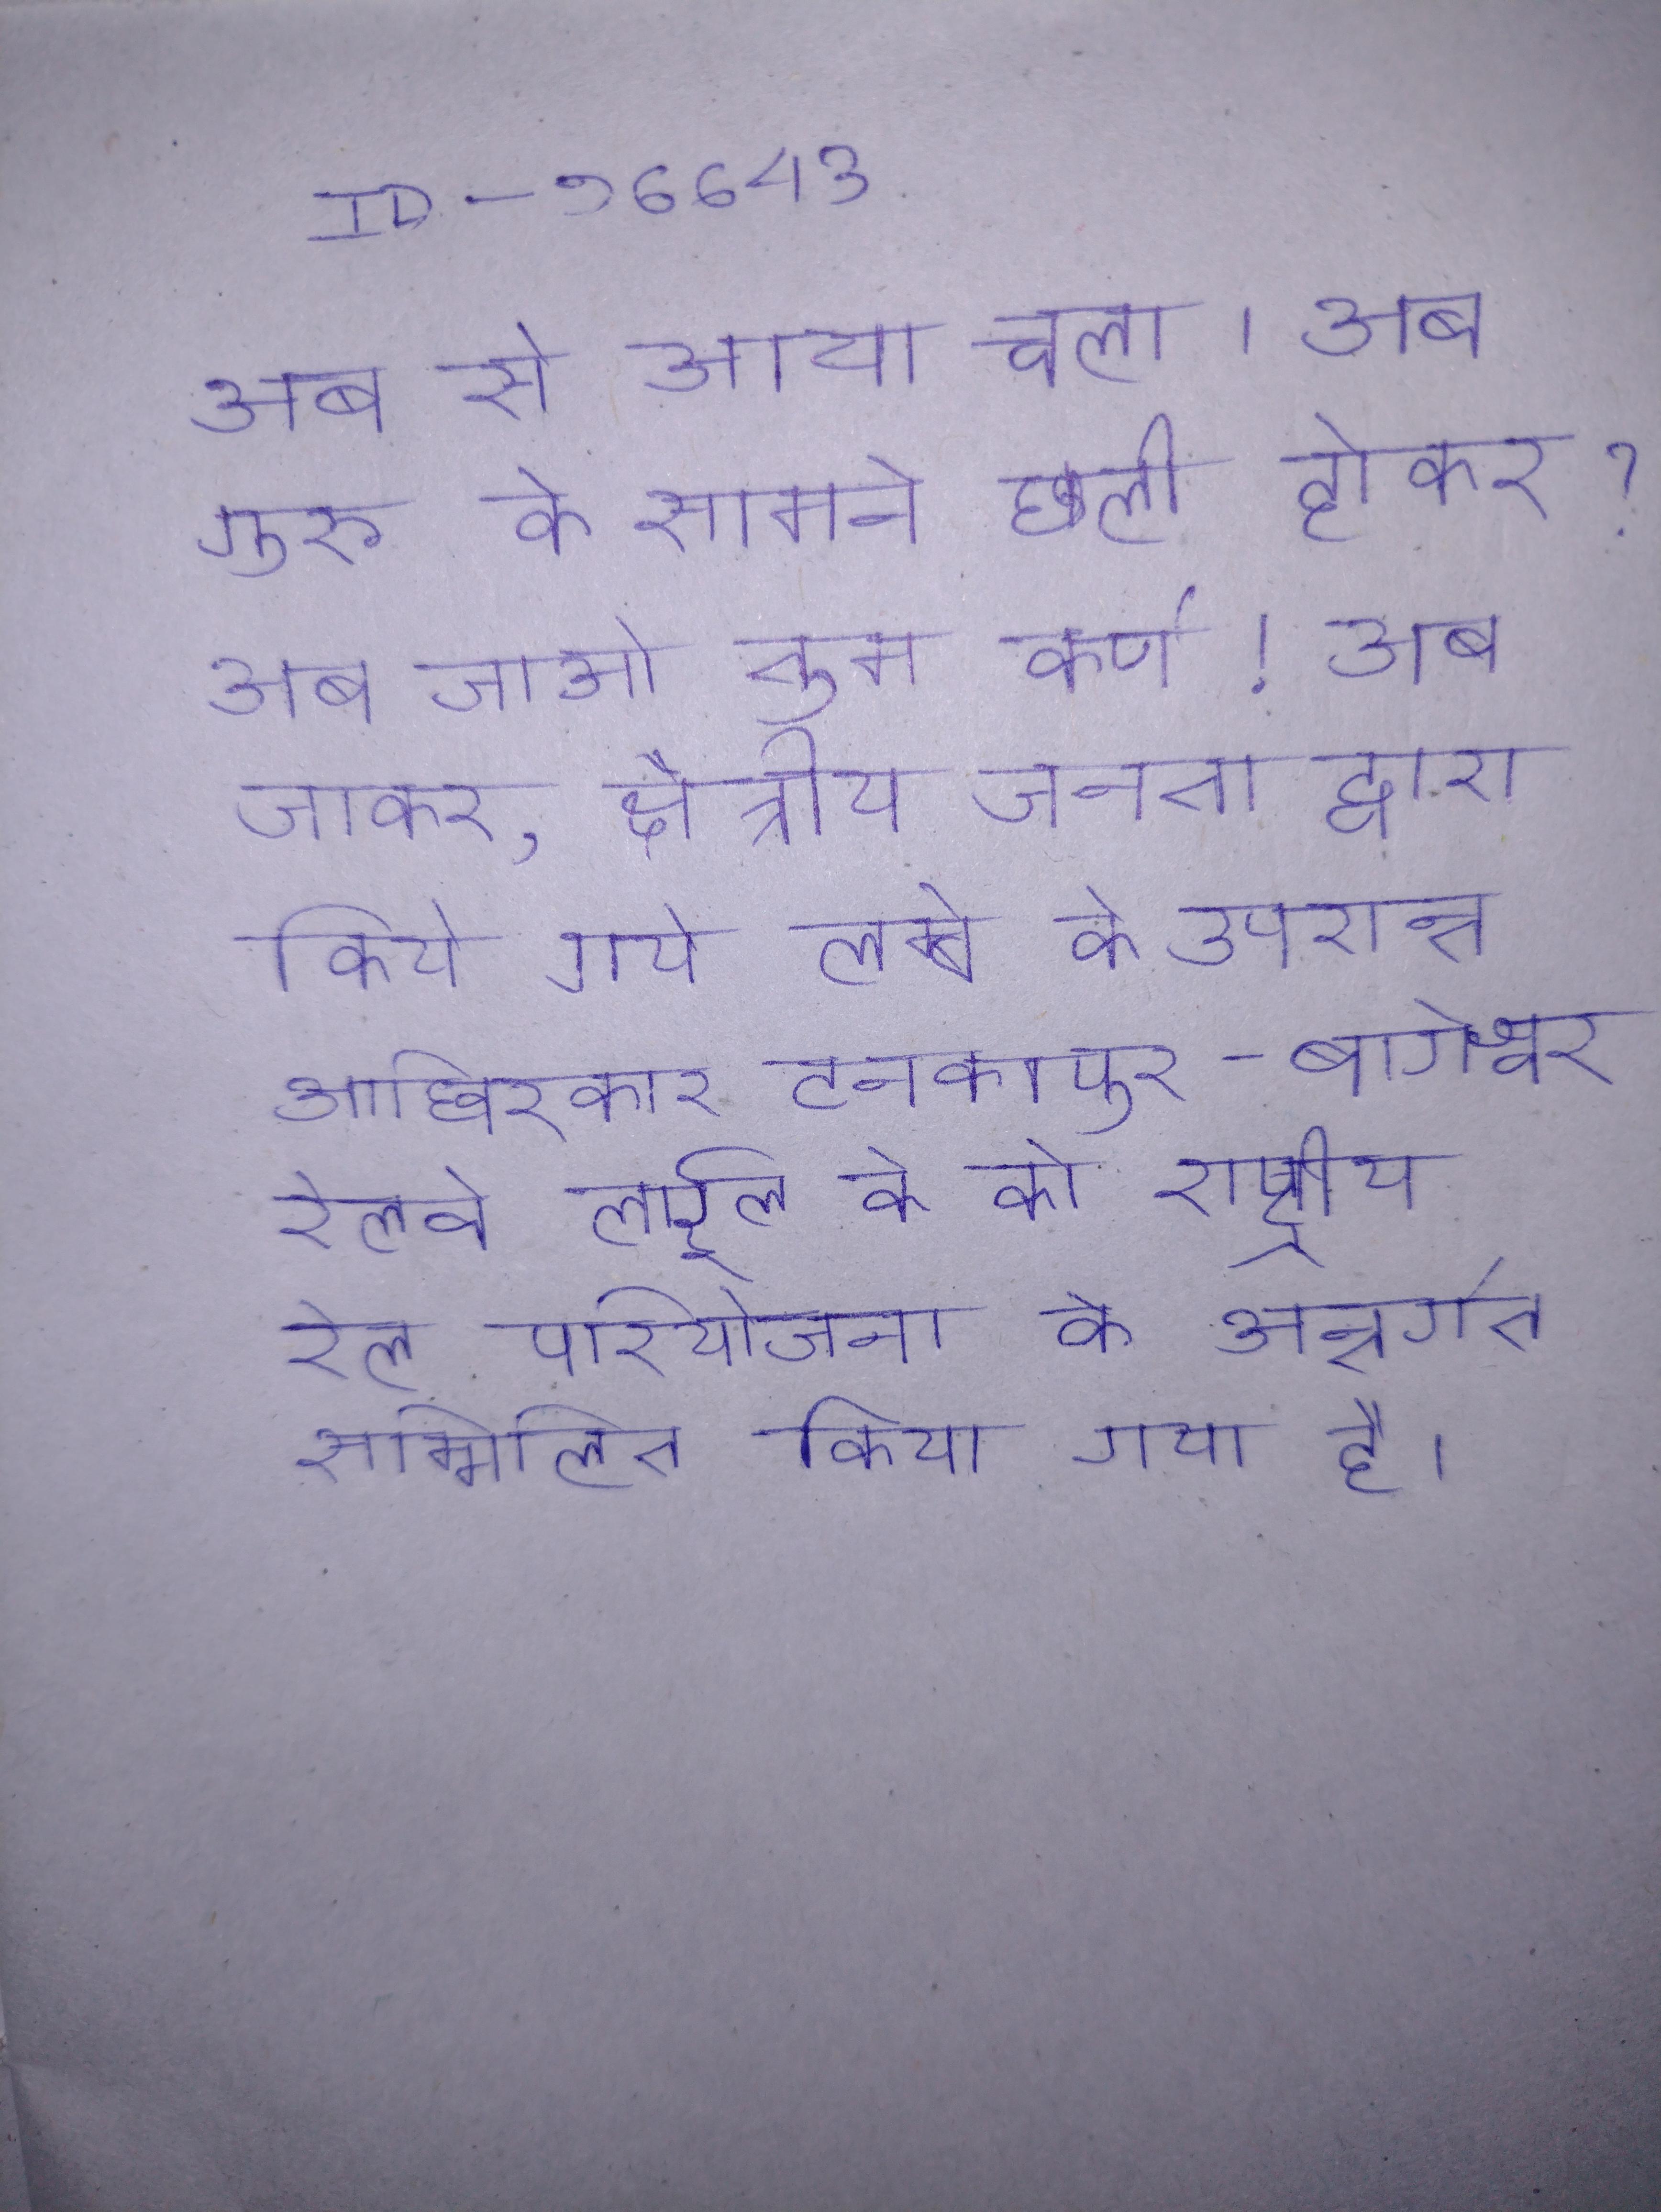
अब से आया चला । अब गुरु के सामने छली होकर? अब जाओ तुम कर्ण! अब जाकर, क्षेत्रीय जनता द्वारा किये गये लम्बे के उपरान्त आखिरकार टनकपुर-बागेश्वर रेलवे लाईन के को राष्ट्रीय रेल परियोजना के अन्तर्गत सम्मिलित किया गया है ।